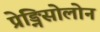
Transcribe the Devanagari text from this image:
प्रेड्निसोलोन